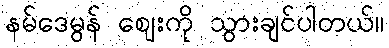
နမ်ဒေမွန် ဈေးကို သွားချင်ပါတယ်။